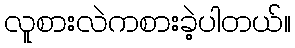
လူစားလဲကစားခဲ့ပါတယ်။